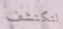
لتكتشف